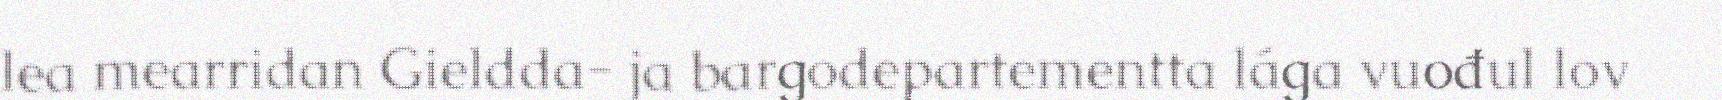
lea mearridan Gieldda- ja bargodepartementta lága vuođul lov